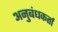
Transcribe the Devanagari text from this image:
अनुबंधकर्ता